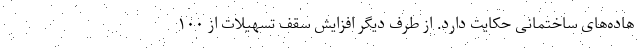
هاده‌های ساختمانی حکایت دارد. از طرف دیگر افزایش سقف تسهیلات از ۱۰۰